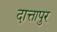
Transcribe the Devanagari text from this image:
दात्तापुर